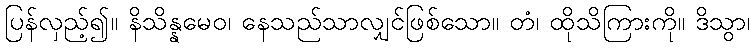
ပြန်လှည့်၍။ နိသိန္နမေဝ၊ နေသည်သာလျှင်ဖြစ်သော။ တံ၊ ထိုသိကြားကို။ ဒိသွာ၊